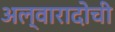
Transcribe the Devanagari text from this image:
अल्वारादोची